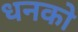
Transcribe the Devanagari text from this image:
धनको